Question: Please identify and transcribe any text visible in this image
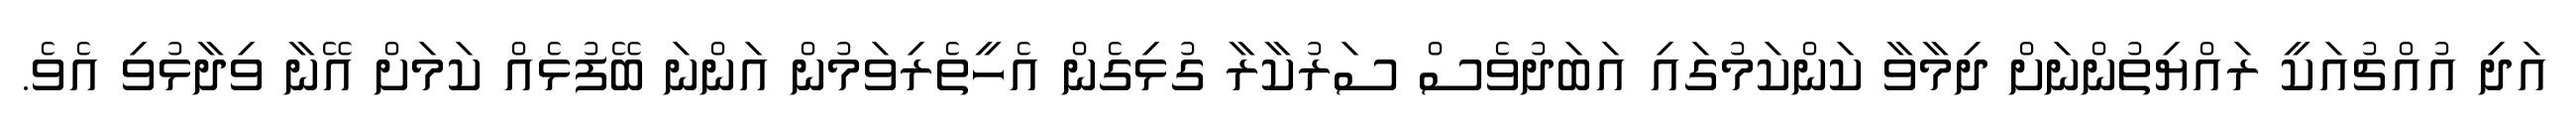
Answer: އަދި އުއްޗުއަކީ ރައްޔިތުންނަށް ދިމާވާ ކަންކަމުގައި އަބަދުވެސް ސަރުކާރާ ގުޅިގެން އެހީތެރިވަމުން އަންނަ ބޭފުޅެއް ކަމަށް އޭނާ ވިދާޅުވި އެވެ.